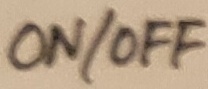
Text: ON/OFF